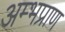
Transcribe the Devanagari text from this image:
अम्भप्राण